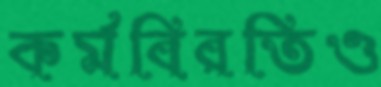
কর্মবিরতিও